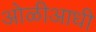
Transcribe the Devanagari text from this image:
ओळीआधी